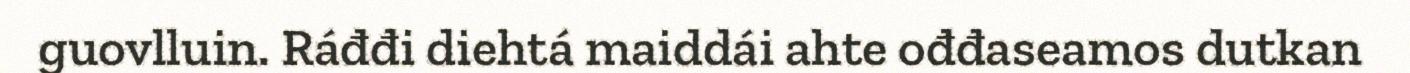
guovlluin. Ráđđi diehtá maiddái ahte ođđaseamos dutkan